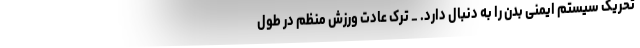
تحریک سیستم ایمنی بدن را به دنبال دارد. _ ترک عادت ورزش منظم در طول